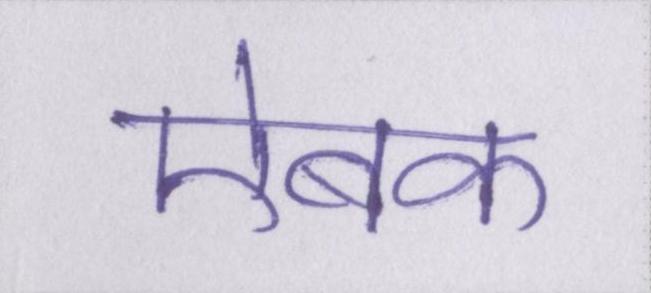
ऐबक